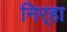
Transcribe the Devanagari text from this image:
निर्‍हा